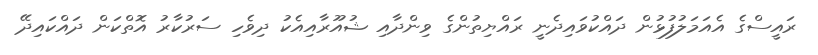
ރައީސްގެ އެއަމަލުފުޅުން ދައްކުވައިދެނީ ރައްޔިތުންގެ ވިންދާއި ޝުއޫރާއިއެކު ދިވެހި ސަރުކާރު އޮތްކަން ދައްކައިދޭ